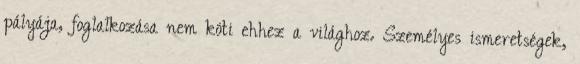
pályája, foglalkozása nem köti ehhez a világhoz. Személyes ismeretségek,